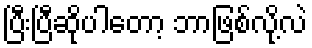
ပြီးပြီဆိုပါတော့ ဘာဖြစ်လို့လဲ